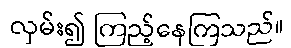
လှမ်း၍ ကြည့်နေကြသည်။